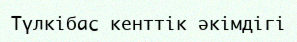
Түлкібас кенттік әкімдігі